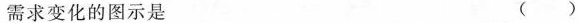
需求变化的图示是 ()